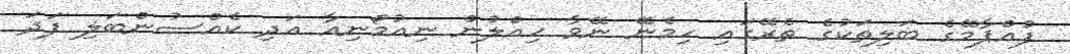
ފުއްޕާމޭގެ ބަލިތަކުގެ ތެރޭގައި ހިމެނޭ ނޭވާ ހިއްލުން ނިއުމޯނިއާ އަދި ކެއްސުންބަލި ފަދަ